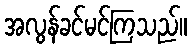
အလွန်ခင်မင်ကြသည်။